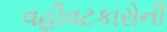
વહીવટકારોની